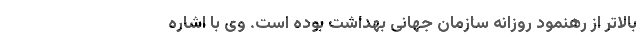
بالاتر از رهنمود روزانه سازمان جهانی بهداشت بوده است. وی با اشاره